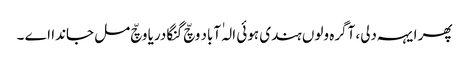
پھر ایہہ دلی، آگرہ ولوں ہندی ہوئی الہٰ آباد وچّ گنگا دریا وچّ مل جاندا اے ۔